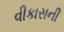
વીકાસની